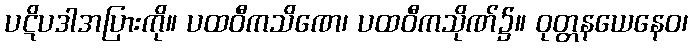
ပဋိပဒါအပြားကို။ ပထဝီကသိဏေ၊ ပထဝီကသိုဏ်၌။ ဝုတ္တနယေနေဝ၊